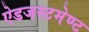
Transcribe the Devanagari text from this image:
ऐडजस्टमेण्ट